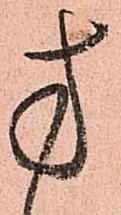
方